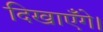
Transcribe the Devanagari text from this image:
दिखाएँगे।